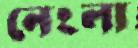
নেংলা